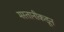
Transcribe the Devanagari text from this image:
मस्तानीकडून